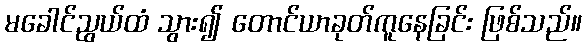
မခေါင်ညွယ်ထံ သွား၍ တောင်ယာခုတ်ကူနေခြင်း ဖြစ်သည်။